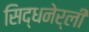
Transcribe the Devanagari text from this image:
सिद्धनेर्ली